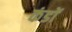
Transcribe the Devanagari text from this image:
कंडों